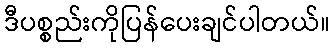
ဒီပစ္စည်းကိုပြန်ပေးချင်ပါတယ်။